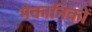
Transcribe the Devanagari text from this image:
मेकानिकों